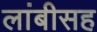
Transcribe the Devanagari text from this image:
लांबीसह